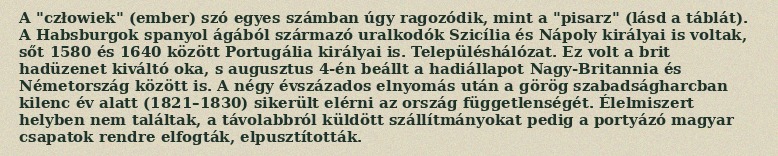
A "człowiek" (ember) szó egyes számban úgy ragozódik, mint a "pisarz" (lásd a táblát). A Habsburgok spanyol ágából származó uralkodók Szicília és Nápoly királyai is voltak, sőt 1580 és 1640 között Portugália királyai is. Településhálózat. Ez volt a brit hadüzenet kiváltó oka, s augusztus 4-én beállt a hadiállapot Nagy-Britannia és Németország között is. A négy évszázados elnyomás után a görög szabadságharcban kilenc év alatt (1821–1830) sikerült elérni az ország függetlenségét. Élelmiszert helyben nem találtak, a távolabbról küldött szállítmányokat pedig a portyázó magyar csapatok rendre elfogták, elpusztították.